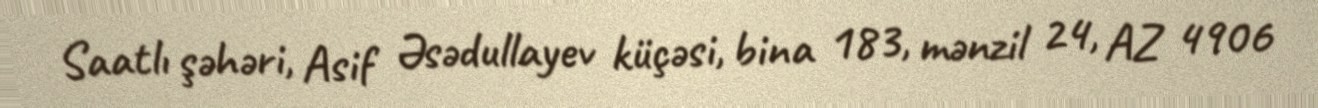
Saatlı şəhəri, Asif Əsədullayev küçəsi, bina 183, mənzil 24, AZ 4906